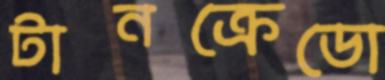
টানক্রেডো